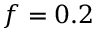
f = 0 . 2